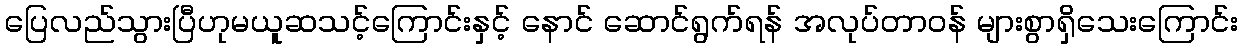
ပြေလည်သွားပြီဟုမယူဆသင့်ကြောင်းနှင့် နောင် ဆောင်ရွက်ရန် အလုပ်တာဝန် များစွာရှိသေးကြောင်း